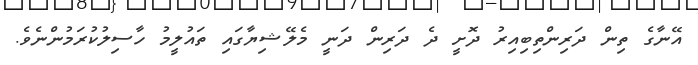
އޭނާގެ ތިން ދަރިންތިބިއިރު ދޮށީ ދެ ދަރިން ދަނީ މެލޭޝިޔާގައި ތައުލީމު ހާސިލުކުރަމުންނެވެ.